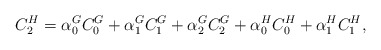
\begin{align*} C_2^{H}=\alpha_{0}^G C_{0}^G+\alpha_{1}^G C_{1}^G+\alpha_{2}^G C_{2}^G+\alpha_{0}^H C_{0}^H+\alpha_{1}^H C_{1}^H,\end{align*}